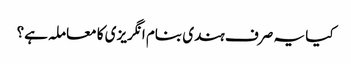
کیا یہ صرف ہندی بنام انگریزی کا معاملہ ہے؟